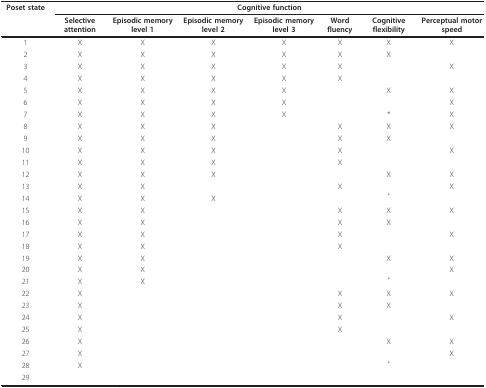
| Poset state | <COLSPAN=7> Cognitive function |
 |  | Selective attention | Episodic memory level 1 | Episodic memory level 2 | Episodic memory level 3 | Word fluency | Cognitive flexibility | Perceptual motor speed |
 | --- | --- | --- | --- | --- | --- | --- | --- |
 | 1 | X | X | X | X | X | X | X |
 | 2 | X | X | X | X | X | X |  |
 | 3 | X | X | X | X | X |  | X |
 | 4 | X | X | X | X | X |  |  |
 | 5 | X | X | X | X |  | X | X |
 | 6 | X | X | X | X |  |  | X |
 | 7 | X | X | X | X |  | * | X |
 | 8 | X | X | X |  | X | X | X |
 | 9 | X | X | X |  | X | X |  |
 | 10 | X | X | X |  | X |  | X |
 | 11 | X | X | X |  | X |  |  |
 | 12 | X | X | X |  |  | X | X |
 | 13 | X | X |  |  | X |  | X |
 | 14 | X | X | X |  |  | * |  |
 | 15 | X | X |  |  | X | X | X |
 | 16 | X | X |  |  | X | X |  |
 | 17 | X | X |  |  | X |  | X |
 | 18 | X | X |  |  | X |  |  |
 | 19 | X | X |  |  |  | X | X |
 | 20 | X | X |  |  |  |  | X |
 | 21 | X | X |  |  |  | * |  |
 | 22 | X |  |  |  | X | X | X |
 | 23 | X |  |  |  | X | X |  |
 | 24 | X |  |  |  | X |  | X |
 | 25 | X |  |  |  | X |  |  |
 | 26 | X |  |  |  |  | X | X |
 | 27 | X |  |  |  |  |  | X |
 | 28 | X |  |  |  |  | * |  |
 | 29 |  |  |  |  |  |  |  |